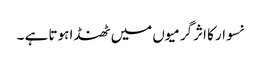
نسوار کا اثرگرمیوں میں ٹھنڈا ہوتا ہے ۔